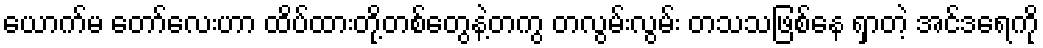
ယောက်မ တော်လေးဟာ ထိပ်ထားတို့တစ်တွေနဲ့တကွ တလွမ်းလွမ်း တသသဖြစ်နေ ရှာတဲ့ အင်ဒရေကို